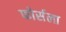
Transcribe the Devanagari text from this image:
फोर्सला